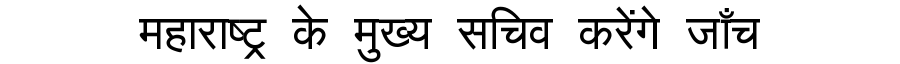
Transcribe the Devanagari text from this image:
महाराष्ट्र के मुख्य सचिव करेंगे जाँच